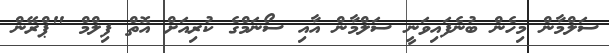
ސަލްމާން މިހެން ބުނެފައިވަނީ ސަލްމާން އާއި ސޯނަމްގެ ކުރިއަށް އޮތް ފިލްމް "ޕްރޭން